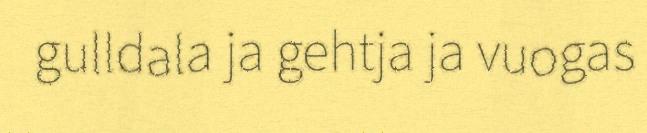
gulldala ja gehtja ja vuogas